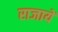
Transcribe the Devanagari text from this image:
राजायें